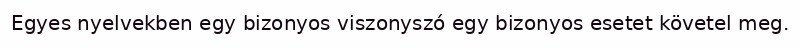
Egyes nyelvekben egy bizonyos viszonyszó egy bizonyos esetet követel meg.